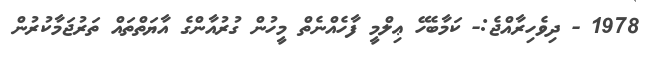
1978 - ދިވެހިރާއްޖެ:- ކަމާބެހޭ ޢިލްމީ ފާހެއްނެތް މީހުން ގުރުއާންގެ އާޔަތްތައް ތަރުޖަމާކުރުން